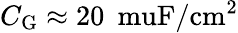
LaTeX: C_{\mathrm{G}}\approx 20\: \mathrm{\ muF/cm^{2}}